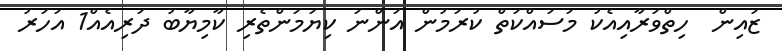
ޒައިން  ހިތްވަރާއިއެކު މަސައްކަތް ކުރަމުން އަންނަ ކިޔަމަންތެރި ކާމިޔާބު ދަރިއެއް1 އަހަރު